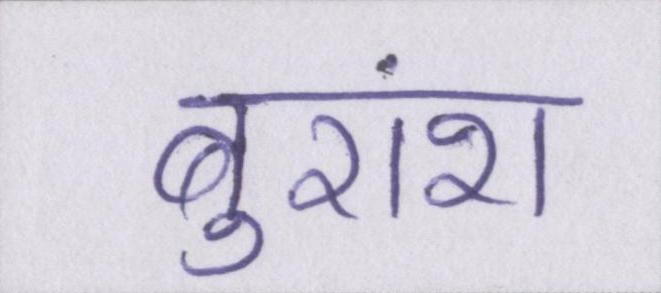
बुरांश